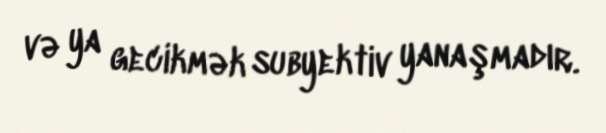
və ya gecikmək subyektiv yanaşmadır.